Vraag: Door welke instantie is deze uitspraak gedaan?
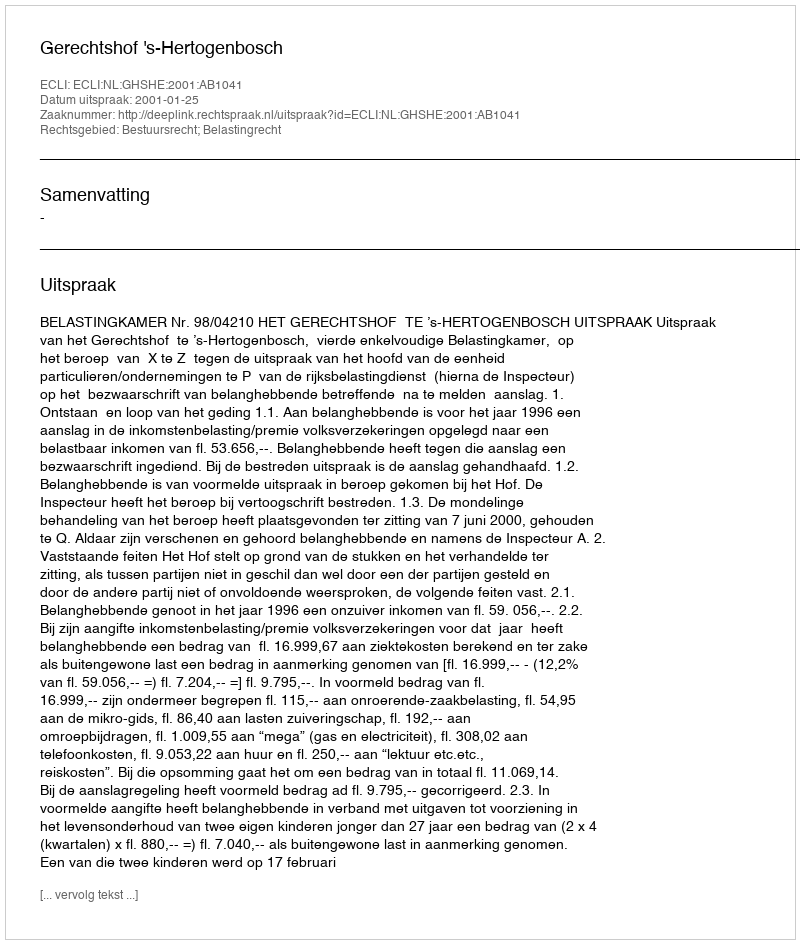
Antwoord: Gerechtshof 's-Hertogenbosch